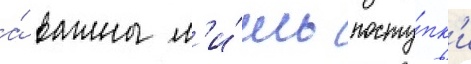
а́ важны л'и́шь посту́пк'и